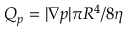
Q _ { p } = | \nabla p | \pi R ^ { 4 } / 8 \eta